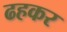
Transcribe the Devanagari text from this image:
ढहकर